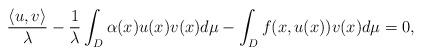
LaTeX: \begin{align*}\frac{\langle u,v \rangle}{\lambda}-\frac{1}{\lambda}\int_D\alpha(x)u(x)v(x)d\mu-\int_D f(x,u(x))v(x)d\mu=0,\end{align*}